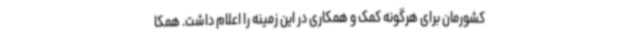
کشورمان برای هرگونه کمک و همکاری در این زمینه را اعلام داشت. همکا